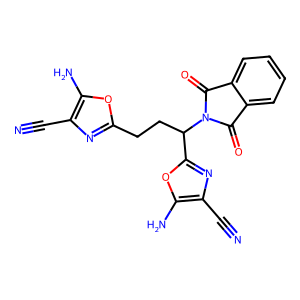
SMILES: N#Cc1nc(CCC(c2nc(C#N)c(N)o2)N2C(=O)c3ccccc3C2=O)oc1N
Inhibits HIV replication: No